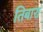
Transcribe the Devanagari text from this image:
तिबारा